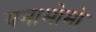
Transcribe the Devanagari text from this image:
यनामोमो